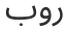
روب